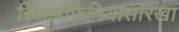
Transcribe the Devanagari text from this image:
स्किझोफ्रेनियासारखा